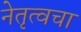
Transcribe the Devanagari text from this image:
नेतृत्वचा